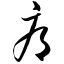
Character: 辱